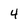
Character: 4